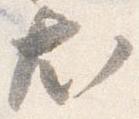
尤